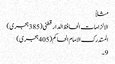
مثلاً
الالزامات الحافظ الدار قطنی (385 ہجری)
المستدرک الامام الحاکم (405 ہجری)
9۔